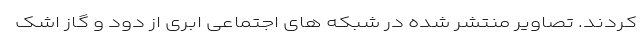
کردند. تصاویر منتشر شده در شبکه های اجتماعی ابری از دود و گاز اشک